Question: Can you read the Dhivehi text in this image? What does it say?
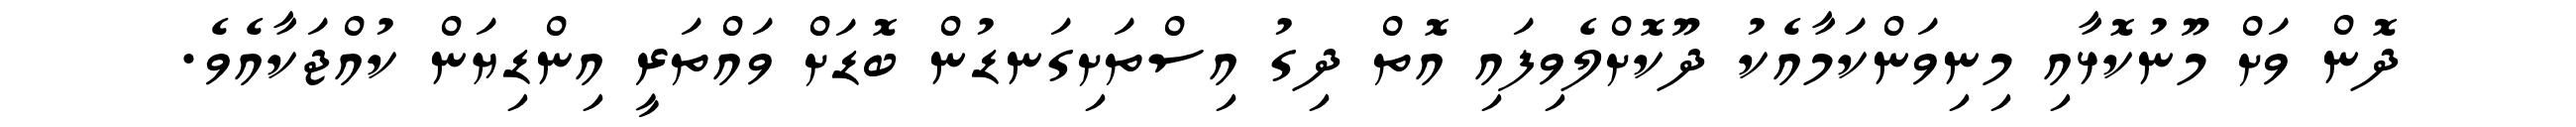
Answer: ދޮން ވަށް މޫނުކޮޅާއި މިނިވަންކަމާއެކު ދޫކޮށްލެވިފައި އޮތް ދިގު އިސްތަށިގަނޑުން ބޮޑަށް ވައްތަރީ އިންޑިޔަން ކުއްޖަކާއެވެ.